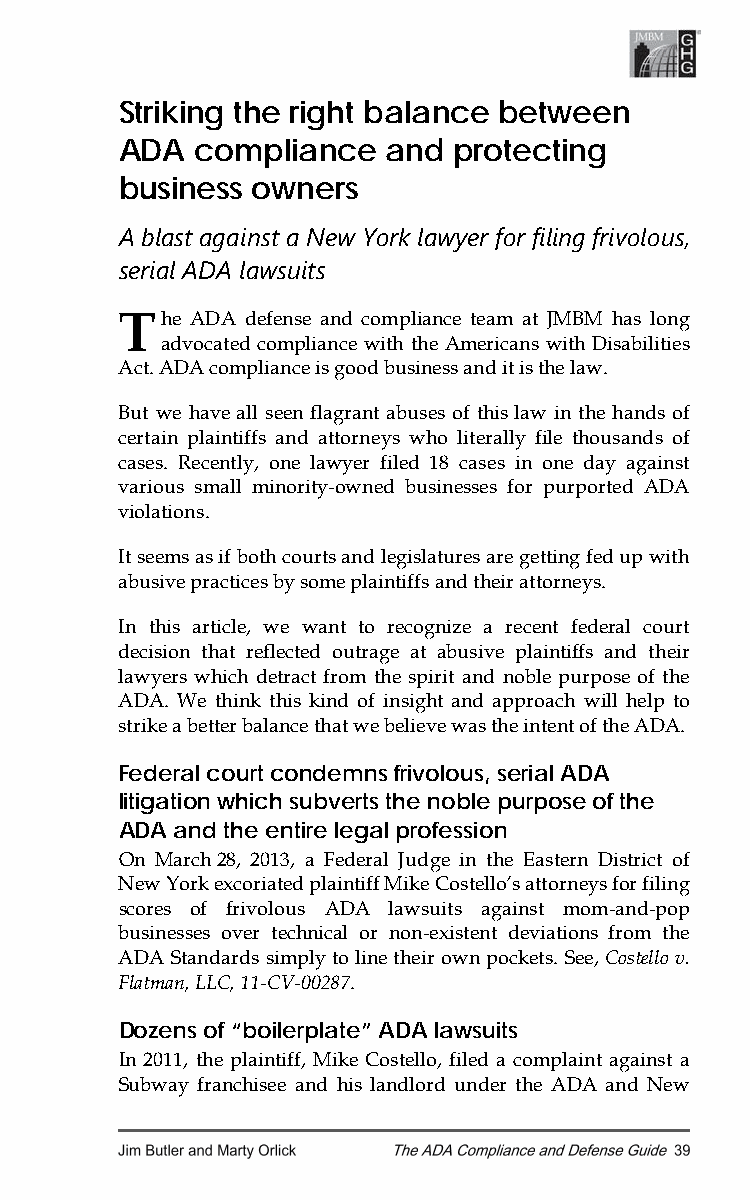
Striking the right balance between
 ADA  compliance   and protecting
 business owners
 A blast against a New York lawyer for filing frivolous,
 serial ADA lawsuits
 T  he ADA defense and compliance team at JMBM has long
 advocated compliance with the Americans with Disabilities
 Act. ADA compliance is good business and it is the law.
 But we have all seen flagrant abuses of this law in the hands of
 certain plaintiffs and attorneys who literally file thousands of
 cases. Recently, one lawyer filed 18 cases in one day against
 various small minority-owned businesses for purported ADA
 violations.
 It seems as if both courts and legislatures are getting fed up with
 abusive practices by some plaintiffs and their attorneys.
 In this article, we want to recognize a recent federal court
 decision that reflected outrage at abusive plaintiffs and their
 lawyers which detract from the spirit and noble purpose of the
 ADA. We think this kind of insight and approach will help to
 strike a better balance that we believe was the intent of the ADA.
 Federal court condemns frivolous, serial ADA
 litigation which subverts the noble purpose of the
 ADA and the entire legal profession
 On March 28, 2013, a Federal Judge in the Eastern District of
 New York excoriated plaintiff Mike Costello’s attorneys for filing
 scores of frivolous ADA lawsuits against mom-and-pop
 businesses over technical or non-existent deviations from the
 ADA Standards simply to line their own pockets. See, Costello v.
 Flatman, LLC, 11-CV-00287.
 Dozens of “boilerplate” ADA lawsuits
 In 2011, the plaintiff, Mike Costello, filed a complaint against a
 Subway franchisee and his landlord under the ADA and New